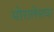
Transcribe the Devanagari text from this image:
मोरालेसचा